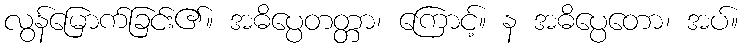
လွန်မြောက်ခြင်း၏။ အဓိပ္ပေတတ္တာ၊ ကြောင့်။ န အဓိပ္ပေတော၊ အပ်။